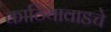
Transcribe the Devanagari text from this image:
काठियावाडचे